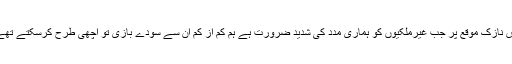
اس نازک موقع پر جب غیرملکیوں کو ہماری مدد کی شدید ضرورت ہے ہم کم از کم ان سے سودے بازی تو اچھی طرح کرسکتے تھے۔